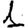
Digit: 1